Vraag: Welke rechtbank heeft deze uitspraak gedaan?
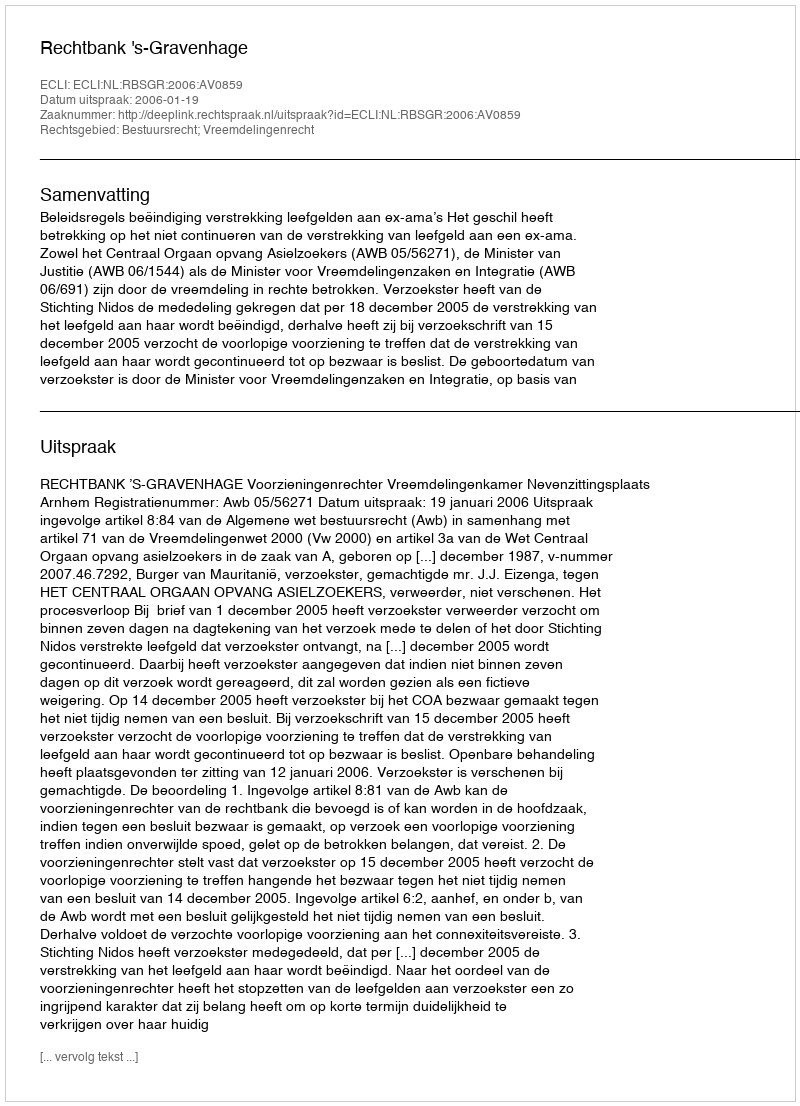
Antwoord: Rechtbank 's-Gravenhage